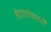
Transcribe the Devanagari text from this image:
मैदानापेक्षाही